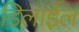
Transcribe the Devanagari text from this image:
डिलाईल